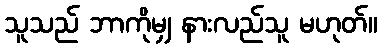
သူသည် ဘာကိုမျှ နားလည်သူ မဟုတ်။